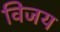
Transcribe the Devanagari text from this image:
विजय